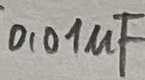
Text: 0,01µF